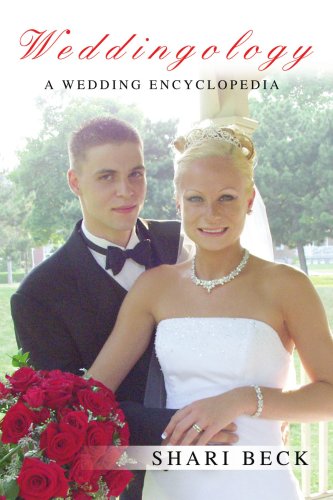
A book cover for Weddingology: A Wedding Encyclopedia; Shari Beck; Crafts, Hobbies & Home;